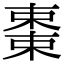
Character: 𬃷